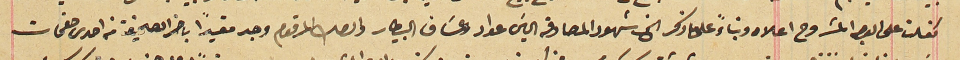
كفلت على الوجه المشروح اعلاه وبناءً على ما ذكر الخ شهود المصادقة الياسَ عواد وعسَاف البيطار والصك المرقوم وجد مقيداً باخر الصحيفة من احدى صفحات